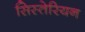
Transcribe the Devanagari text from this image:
सिस्तेरियन